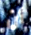
أن